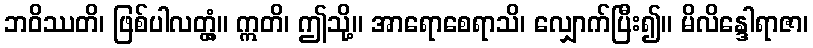
ဘဝိဿတိ၊ ဖြစ်ပါလတ္တံ့။ ဣတိ၊ ဤသို့။ အာရောစေရာသိ၊ လျှောက်ပြီး၍။ မိလိန္ဒေါရာဇာ၊